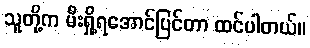
သူတို့က မီးရှို့ရအောင်ပြင်တာ ထင်ပါတယ်။